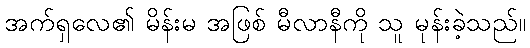
အက်ရှလေ၏ မိန်းမ အဖြစ် မီလာနီကို သူ မုန်းခဲ့သည်။